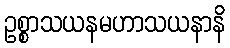
ဥစ္စာသယနမဟာသယနာနိ